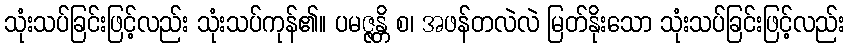
သုံးသပ်ခြင်းဖြင့်လည်း သုံးသပ်ကုန်၏။ ပမဇ္ဇန္တိ စ၊ အဖန်တလဲလဲ မြတ်နိုးသော သုံးသပ်ခြင်းဖြင့်လည်း